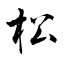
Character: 松